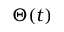
\Theta ( t )